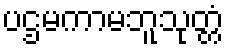
ပဌမကာမဘူသုတ္တံ